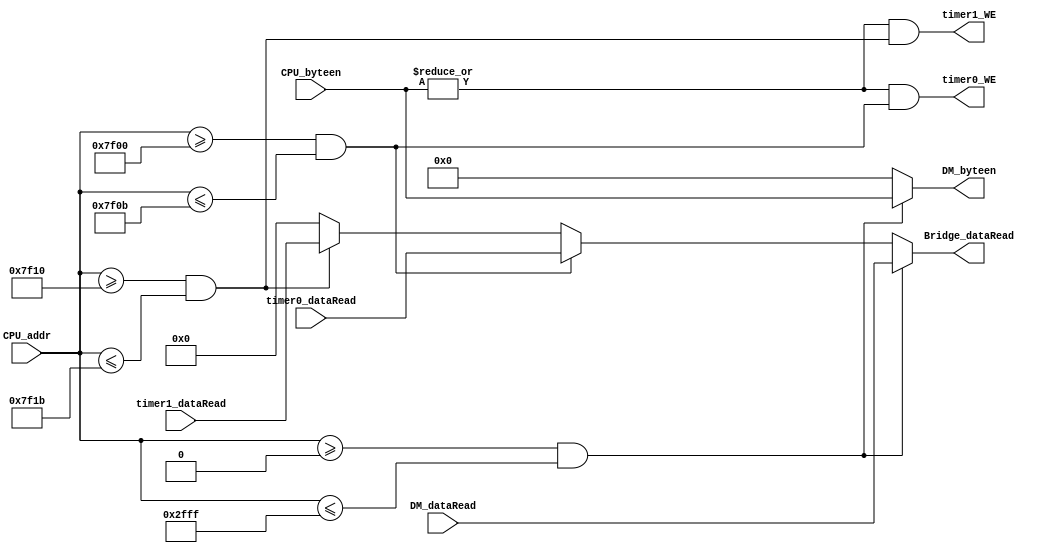
`timescale 1ns / 1ps

`define DM_start        32'h0000_0000
`define DM_end          32'h0000_2fff
`define timer0_start    32'h0000_7f00
`define timer0_end      32'h0000_7f0b
`define timer1_start    32'h0000_7f10
`define timer1_end      32'h0000_7f1b

module Bridge(
  input [31:0] CPU_addr,
  input [3 :0] CPU_byteen,

  input [31:0] DM_dataRead,
  input [31:0] timer0_dataRead,
  input [31:0] timer1_dataRead,

  output [31:0] Bridge_dataRead,

  output [3:0] DM_byteen,
  output timer0_WE,
  output timer1_WE
    );

wire if_DM = CPU_addr>=`DM_start & CPU_addr<=`DM_end;
wire if_timer0 = CPU_addr>=`timer0_start & CPU_addr<=`timer0_end;
wire if_timer1 = CPU_addr>=`timer1_start & CPU_addr<=`timer1_end;

assign DM_byteen = if_DM ? CPU_byteen : 4'b0;
assign timer0_WE = (|CPU_byteen) & if_timer0;
assign timer1_WE = (|CPU_byteen) & if_timer1;

assign Bridge_dataRead = if_DM ? DM_dataRead :
                        if_timer0 ? timer0_dataRead :
                        if_timer1 ? timer1_dataRead :
                        32'b0;

endmodule